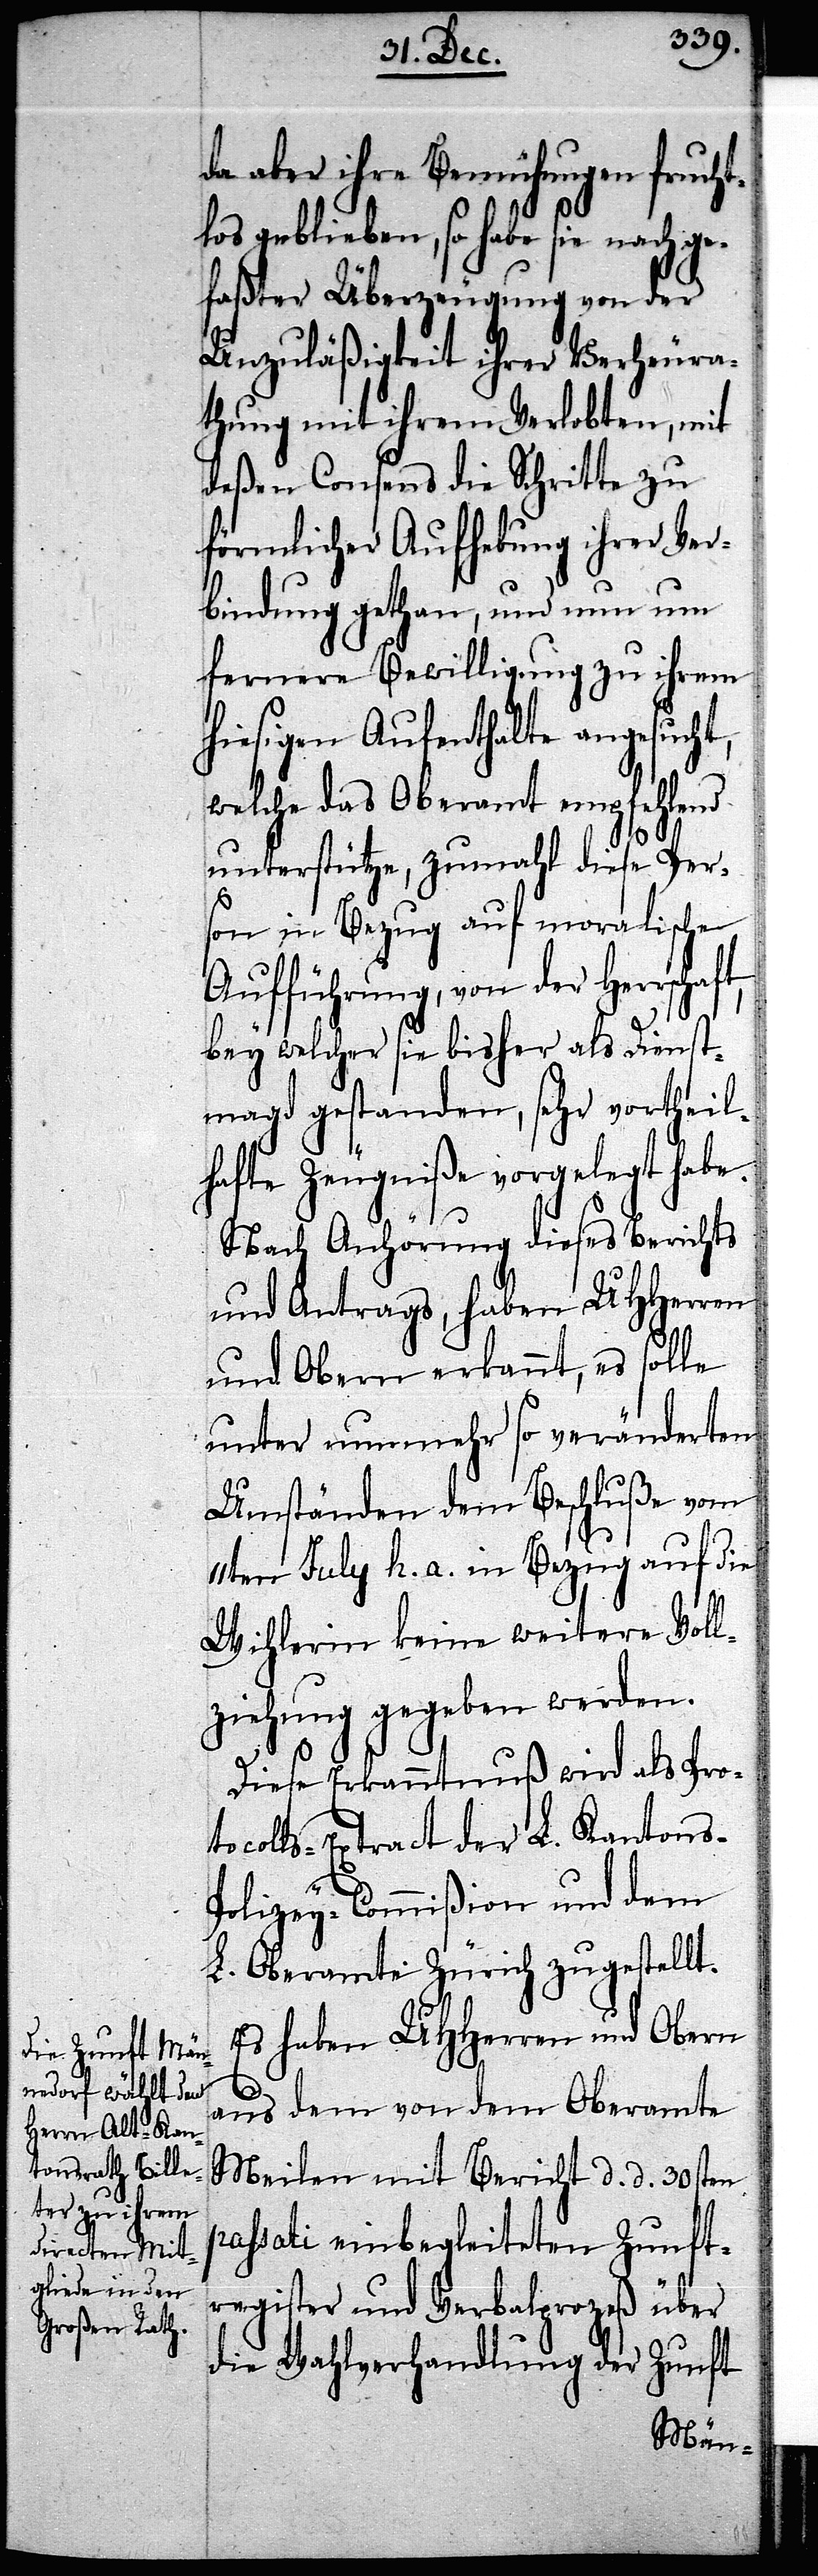
da aber ihre Bemühungen frucht¬
los geblieben, so habe sie nach g¬
efaßter Überzeugung von der
Unzuläßigkeit ihrer Verheura¬
thung mit ihrem Verlobten, mit
deßen Consens die Schritte zu
förmlicher Aufhebung ihrer Ver¬
bindung gethan, und nun um
fernere Bewilligung zu ihrem
hiesigen Aufenthalte angesucht,
welche das Oberamt empfehlend
unterstütze, zumahl diese Per¬
son in Bezug auf moralische
Aufführung, von der Herrschaft,
bey welcher sie bisher als Dienst¬
magd gestanden, sehr vortheil¬
hafte Zeugniße vorgelegt habe.
Nach Anhörung dieses Berichts
und Antrags, haben UHHerren
und Obern erkannt, es solle
unter nunmehr so veränderten
Umständen dem Beschluße vom
11ten July h. a. in Bezug auf die
Wihlerin keine weitere Voll¬
ziehung gegeben werden.
Diese Erkanntnuß wird als Pro¬
tocolls-Extract der L. Kantons-P¬
olizey-Commißion und dem
L. Oberamte Zürich zugestellt.
Es haben UHHerren und Obern
aus dem von dem Oberamte
Meilen mit Bericht d. d. 30sten
passati einbegleiteten Zunft¬
register und Verbalprozeß über
Wahlverhandlung der Zunft